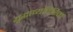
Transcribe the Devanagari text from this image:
युद्धाव्यतिरिक्त